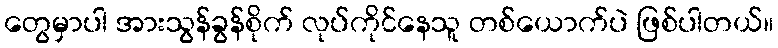
တွေမှာပါ အားသွန်ခွန်စိုက် လုပ်ကိုင်နေသူ တစ်ယောက်ပဲ ဖြစ်ပါတယ်။